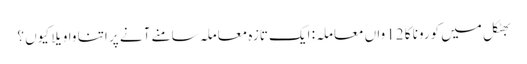
بھٹکل میں کورونا کا 12 واں معاملہ: ایک تازہ معاملہ سامنے آنے پر اتنا واویلا کیوں ؟